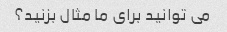
می توانید برای ما مثال بزنید؟